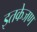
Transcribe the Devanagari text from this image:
इतकेजण